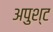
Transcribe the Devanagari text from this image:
अपुश्ट